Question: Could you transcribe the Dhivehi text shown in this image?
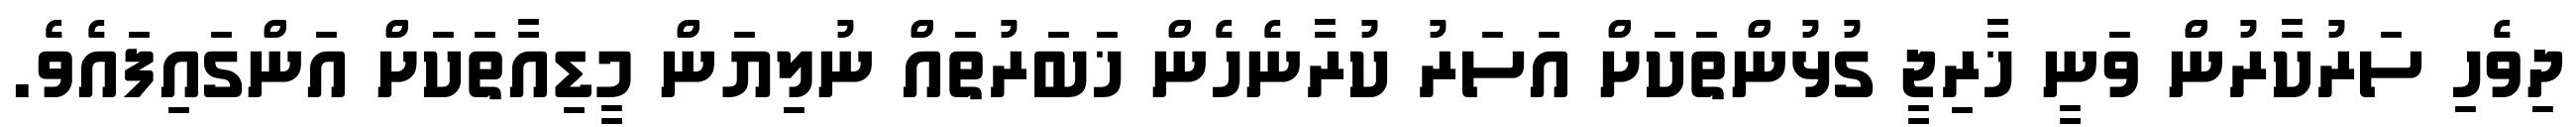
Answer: ދިވެހި ސަރުކާރުން ވަނީ ޚާރިޖީ ގުޅުންތަކަށް އަސަރު ކުރާނެހެން ޚަބަރުތައް ނުލިޔަން މީޑިއާތަކަށް އަންގައިފައެވެ.